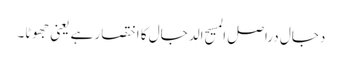
دجال دراصل المسیح الدجال کا اختصار ہے یعنی جھوٹا۔